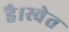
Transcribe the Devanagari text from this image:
है।स्वेत